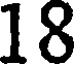
18